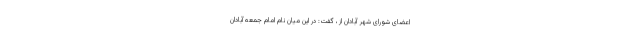
اعضای شورای شهر آبادان از ، گفت: در این میان نام امام جمعه آبادان